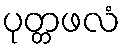
ပုတ္တဖလံ